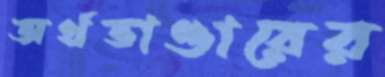
অর্থভাণ্ডারের